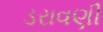
ડરાવણી